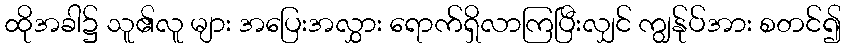
ထိုအခါ၌ သူ၏လူ များ အပြေးအလွှား ရောက်ရှိလာကြပြီးလျှင် ကျွန်ုပ်အား စတင်၍